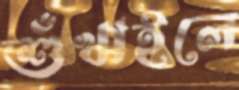
শুঁখাইলে